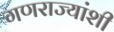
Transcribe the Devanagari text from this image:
गणराज्यांशी